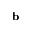
\mathbf { b }